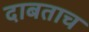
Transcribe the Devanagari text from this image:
दाबताच